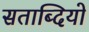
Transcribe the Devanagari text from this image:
सताब्दियो